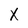
Character: X